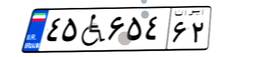
۷۰W۷۷۳۲۷